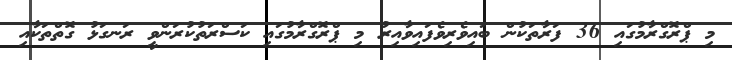
މި ޕްރޮގްރާމުގައި 36 ފަރާތަކުން ބައިވެރިވެފައިވާއިރު މި ޕްރޮގްރާމުގައި ކަސްރަތުކުރަންވީ ރަނގަޅު ގޮތްތަކާއި